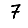
Digit: 7